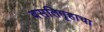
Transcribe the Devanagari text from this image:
वसतिगृहाचा